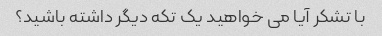
با تشکر آیا می خواهید یک تکه دیگر داشته باشید؟